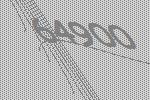
64900